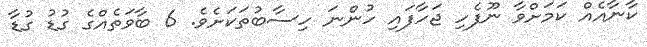
ކާނާއެއް ކަމަށްވާ ނޫފެހި ޖަހާފައި ހުންނަ ހިސާބުތަކަށެވެ. 6 ބާވަތެއްގެ ގުޑު ގުޑާ